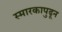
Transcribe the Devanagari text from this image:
स्मारकापुढून